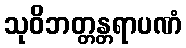
သုဝိဘတ္တန္တရာပဏံ